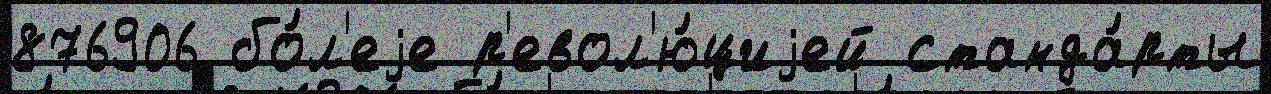
876906 бо́л'еjе р'евол'ю́циjей станда́рты